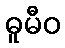
ဓူမီဝ